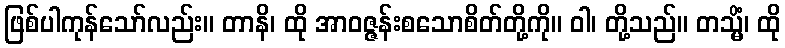
ဖြစ်ပါကုန်သော်လည်း။ တာနိ၊ ထို အာဝဇ္ဇန်းစသောစိတ်တို့ကို။ ဝါ၊ တို့သည်။ တသ္မိံ၊ ထို